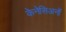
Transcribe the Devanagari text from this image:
केनेसिअनों